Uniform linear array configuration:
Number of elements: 8
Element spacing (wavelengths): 0.25
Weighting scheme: cosine
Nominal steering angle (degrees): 30
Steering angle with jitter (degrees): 29.579
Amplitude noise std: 0.05
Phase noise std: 0.05

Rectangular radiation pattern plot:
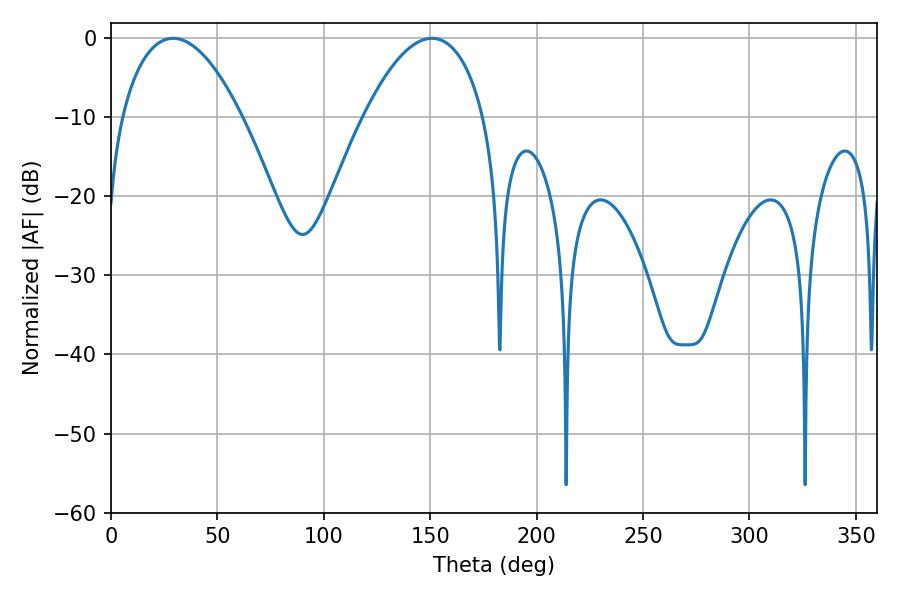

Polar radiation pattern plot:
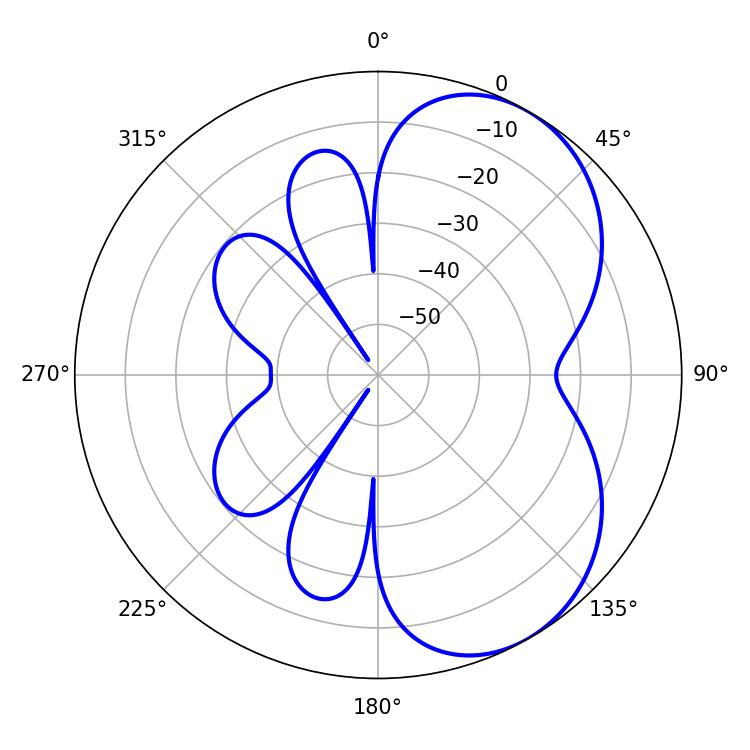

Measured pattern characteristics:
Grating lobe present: FALSE
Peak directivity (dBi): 5.297
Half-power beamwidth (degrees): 31.5
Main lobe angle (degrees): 29.16